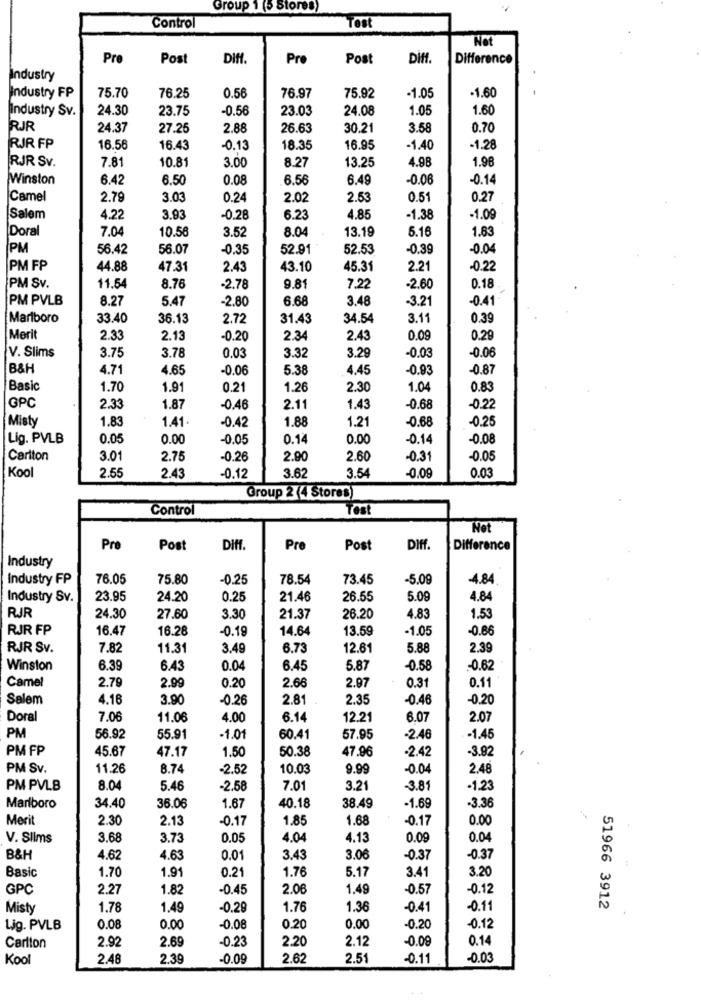
Group 1 (5 Stores)
Test
Control
Not
Pre
Post
DIff.
Pre
Post
Diff.
Difference
Industry
-1.05
-1.60
Industry FP
75.70
76.25
0.56
76.97
75.92
Industry Sv.
24.30
23.75
-0.56
23.03
24.08
1.05
1.60
RJR
24.37
27.26
2.88
26.63
30.21
3.58
0.70
RJR FP
16.56
16.43
-0.13
18.35
16.95
-1.40
-1.28
RJR Sv.
7.8
10.81
3.00
13.25
4.98
1.98
8.27
Winston
6.42
6.50
0.08
6.56
6.49
-0.06
-0.14
Camel
2.79
3.03
0.24
2.02
2.53
0.51
0.27
Salem
4.22
3.93
-0.28
6.23
4.85
-1.38
-1.09
Doral
7.04
8.04
13.19
5.16
1.83
10.56
3.52
IPM
56.42
56.07
-0.35
52.91
52.53
-0.39
-0.04
PM FP
44.88
47.31
2.43
43.10
45.31
2.21
-0.22
İPM SV.
11.54
8.76
-2.78
9.81
7,22
-2.60
0.18
PM PVLB
8.27
5.47
-2.80
6.68
3.48
-3.21
-0.41
Marlboro
33.40
36.13
2.72
31.43
34.54
3.11
0.39
Merit
2.33
2.13
-0.20
2.34
2.43
0.0
0.29
V. Slims
3.75
3.78
0.03
3.32
3.29
-0.03
-0.06
B&H
4.71
4.65
-0.06
5.38
4.45
-0.93
-0.87
Basic
1.70
1.91
0.21
1.26
2.30
1.04
0.83
GPC
2.33
1.87
-0.46
2.11
1.43
-0.68
-0.22
Misty
1.83
1.41.
1.88
1.21
-0.68
-0.25
-0.42
Lig. PVLB
0.05
0.00
-0.05
0.14
0.00
-0.14
-0.08
Carlton
3.01
2.75
-0.26
2.90
2.60
-0.31
-0.05
Kool
2.55
-0.09
0.03
2.43
-0.12
3.62
3.54
Group 2 (4 Stores)
Control
Test
Pre
Post
Diff.
Pre
Post
DIff.
Difference
Industry
Industry FP
76.05
75.80
-0.25
78.54
73.45
-5.09
-4.84
Industry Sv.
23.95
24.20
0.25
21.46
26.55
5.09
4.84
RJR
24.30
27.60
3.30
21.37
26.20
4.83
1.5
RJR FP
16.47
16.28
-0.19
14.64
13.59
-1.05
-0.66
RJR Sv.
7.82
11.3
3.49
6.73
12.61
5.88
2.39
Winston
6.39
6.43
0.04
6.45
5.87
-0.58
-0.62
Camel
2.79
2.99
2.97
0.31
0.11
0.20
2.66
Salem
4.16
3.90
-0.26
2.81
2.35
-0.46
-0.20
Doral
7.06
11.06
4.00
6.14
12.2
6.07
2.07
PM
56.92
55.91
-1.01
60.41
57.95
-2.46
-1.45
PM FP
45.67
47.17
50.38
47.96
-2.42
-3.92
1.50
PM Sv.
11.26
8.74
-2.52
10.03
9.99
-0.04
2.48
PM PVLB
8.04
5.46
-2.58
7.01
3.21
-3.81
-1.23
Marlboro
34.40
36.06
1.67
40.18
38.49
-1.69
-3.36
Merit
2.30
2.13
-0.17
1.85
1.68
-0.17
0.00
V. Slims
3.68
3.73
0.05
4.04
4.13
0.09
0.04
B&H
4.62
4.63
0.01
3.43
3.06
-0.37
-0.37
Basic
1.70
1.91
0.21
1.76
5.17
3.41
3.20
GPC
2.27
1.82
-0.45
2.06
1.49
-0.57
-0.12
Misty
1.78
1.49
-0.29
1.76
1.36
-0.41
-0.11
51966 3912
Lig. PVLB
0.08
0.00
-0.08
0.20
0.00
-0.20
-0.12
2.69
2.20
2.12
-0.09
0.14
Carlton
2.92
-0.23
Kool
2.48
2.39
-0.09
2.62
2.51
-0.11
-0.03